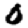
Digit: 0